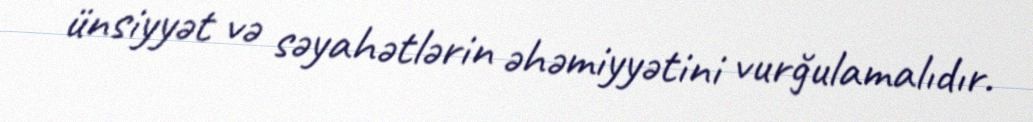
ünsiyyət və səyahətlərin əhəmiyyətini vurğulamalıdır.